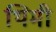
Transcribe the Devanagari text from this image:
थिमी